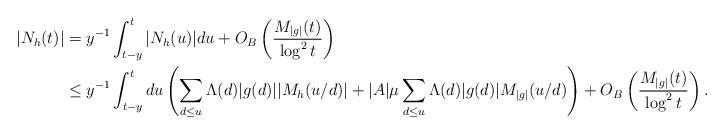
LaTeX: \begin{align*}|N_h(t)| &= y^{-1}\int_{t-y}^t |N_h(u)| du + O_B\left(\frac{M_{|g|}(t)}{\log^2 t}\right)\\&\leq y^{-1}\int_{t-y}^t du \left(\sum_{d \leq u} \Lambda(d)|g(d)||M_h(u/d)| + |A|\mu \sum_{d \leq u} \Lambda(d)|g(d)|M_{|g|}(u/d)\right) + O_B\left(\frac{M_{|g|}(t)}{\log^2 t}\right).\end{align*}